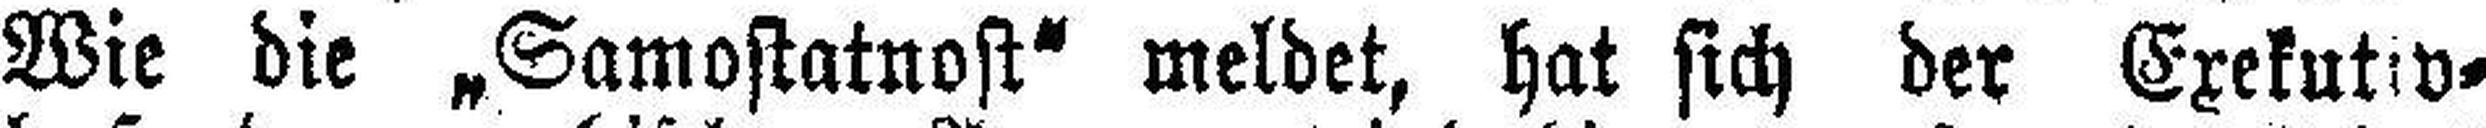
Wie die „Samostatnost“ meldet, hat sich der Exekutiv¬